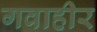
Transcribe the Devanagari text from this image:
गवाहीर